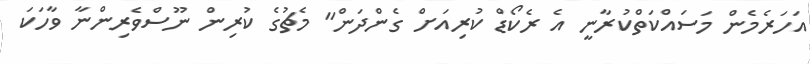
އަހަރެމެން މަސައްކަތްކުރާނީ އެ ރެކޯޑް ކުރިއަށް ގެންދަން" މެޗުގެ ކުރިން ނޫސްވެރިންނާ ވާހަކަ